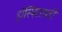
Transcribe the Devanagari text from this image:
हॉस्पिटलशी